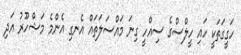
ހަގީގަތަކީ ހައި ހީލްސްގެ ސިއްހީ ގިނަ މައްސަލަތައް އެނގި އެންމެ މަޝްހޫރު އަދި